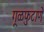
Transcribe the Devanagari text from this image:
गूळफुटाणे